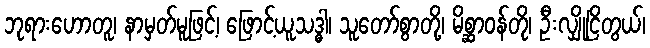
ဘုရားဟောတူ၊ နာမှတ်မူဖြင့်၊ ဖြောင့်ယူသဒ္ဓါ၊ သူတော်စွာတို့၊ မိစ္ဆာဝန်တို၊ ဦးလျှိုငြိတွယ်၊